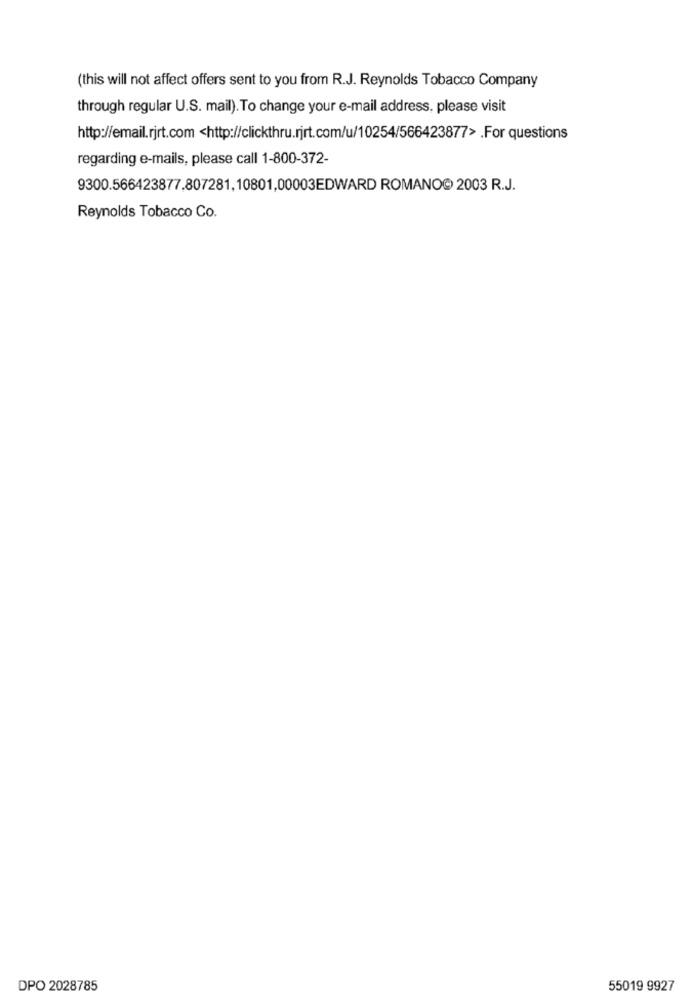
(this will not affect offers sent to you from R.J. Reynolds Tobacco Company
through regular U.S. mail). To change your e-mail address. please visit
http://email.rjrt.com <http://clickthru.rjrt.com/u/10254/566423877> .For questions
regarding e-mails, please call 1-800-372-
9300.566423877.807281,10801,00003EDWARD ROMANO@ 2003 R.J.
Reynolds Tobacco Co.
DPO 2028785
55019 9927